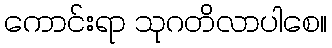
ကောင်းရာ သုဂတိလာပါစေ။